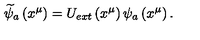
\widetilde { \psi } _ { a } \left( x ^ { \mu } \right) = U _ { e x t } \left( x ^ { \mu } \right) \psi _ { a } \left( x ^ { \mu } \right) .